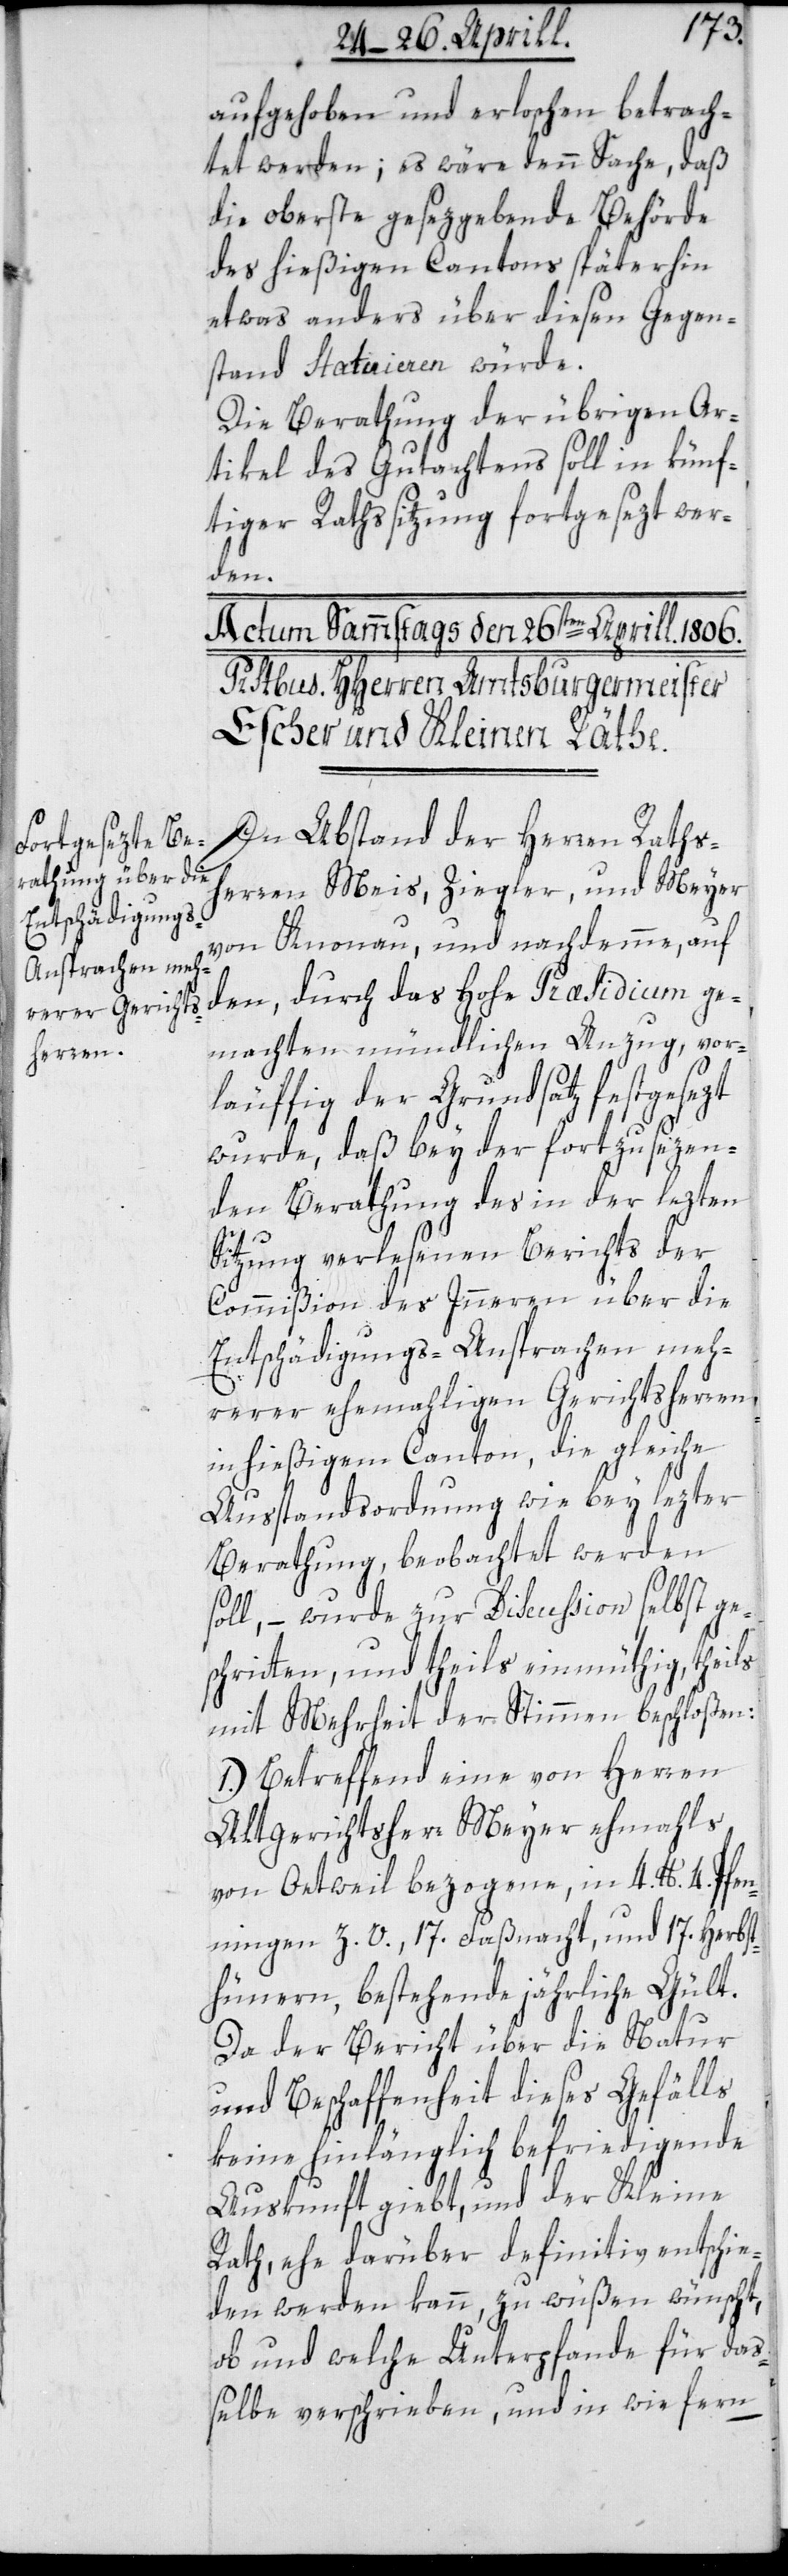
aufgehoben und erloschen betrach¬
tet werden; es wäre denn Sache, daß
die oberste gesezgebende Behörde
des hießigen Cantons späterhin
etwas anders über diesen Gegen¬
stand statuieren würde.
Die Berathung der übrigen Ar¬
tikel des Gutachtens soll in künf¬
tiger Rathssitzung fortgesezt wer¬
den.
In Abstand der Herren Raths¬
herren Meis, Ziegler und Meyer
von Knonau, und nachdemme auf
den, durch das hohe Præsidium ge¬
machten mündlichen Anzug, vor¬
läuffig der Grundsatz festgesezt
wurde, daß bey der fortzusezen¬
den Berathung des in der lezten
Sitzung verlesenen Berichts der
Commißion des Innern über die
Entschädigungs-Ansprachen meh¬
rerer ehemaligen Gerichtsherren
in hießigem Canton, die gleiche
Ausstandsordnung wie bey lezter
Berathung, beobachtet werden
soll, – wurde zur Discussion selbst ge¬
schritten, und theils einmüthig, theils
mit Mehrheit der Stimmen beschloßen:
1.) Betreffend eine von Herren
Altgerichtsherr Meyer ehmals
von Oetweil bezogene, in 4 lb. 4. Pfen¬
ningen Z. V., 17. Faßnacht, und 17. Herbst¬
hühnern, bestehende jährliche Gült.
Da der Bericht über die Natur
und Beschaffenheit dieses Gefälls
keine hinlänglich befriedigende
Auskunft giebt, und der Kleine
Rath, ehe darüber definitiv entschie¬
den werden kann, zu wüßen wünscht,
ob und welche Unterpfande für daß¬
elbe verschrieben, und in wiefern